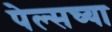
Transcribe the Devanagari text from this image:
पेल्सच्या